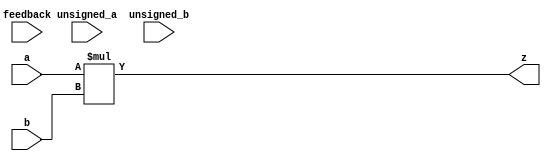
module RS_DSP_MULT(a,b,feedback,unsigned_a,unsigned_b,z);
input [19:0] a;
input [17:0] b;
input [2:0] feedback;
input unsigned_a;
input unsigned_b;
output [37:0] z;

assign z = a * b;
endmodule